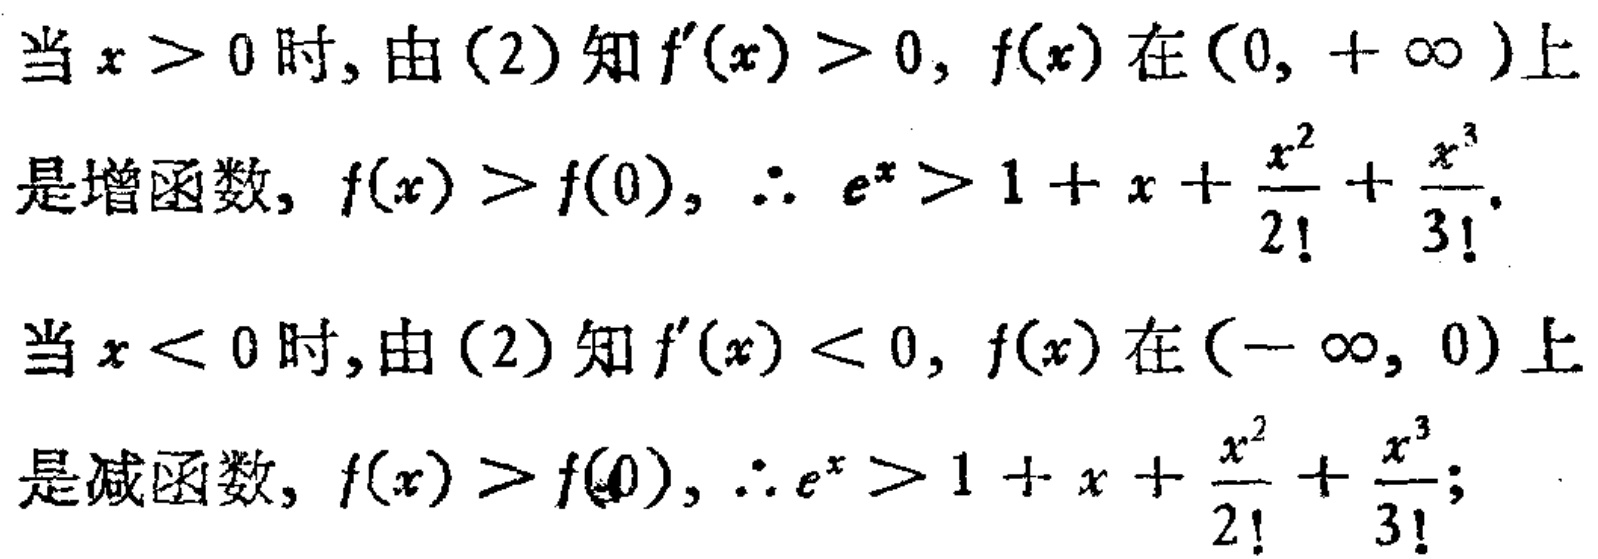
当 \(x > 0\) 时, 由 (2) 知 \(f^{\prime}(x)>0\), \(f(x)\) 在 \((0,+\infty)\) 上
是增函数, \(f(x)>f(0)\), \(\therefore e^{x}>1 + x+\frac{x^{2}}{2!}+\frac{x^{3}}{3!}\).
当 \(x < 0\) 时, 由 (2) 知 \(f^{\prime}(x)<0\), \(f(x)\) 在 \((-\infty,0)\) 上
是减函数, \(f(x)>f(0)\), \(\therefore e^{x}>1 + x+\frac{x^{2}}{2!}+\frac{x^{3}}{3!}\);